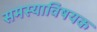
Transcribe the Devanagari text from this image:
समस्याविषयक